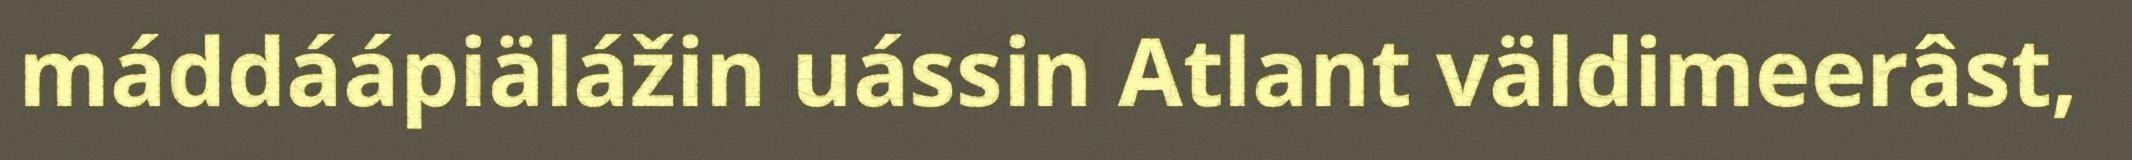
máddáápiälážin uássin Atlant väldimeerâst,